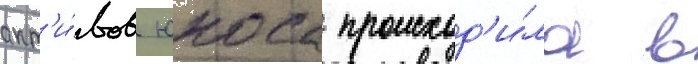
акт'и́вов юкоса происход'и́ла в